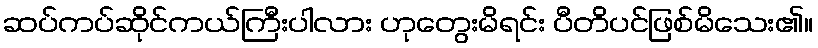
ဆပ်ကပ်ဆိုင်ကယ်ကြီးပါလား ဟုတွေးမိရင်း ပီတိပင်ဖြစ်မိသေး၏။